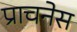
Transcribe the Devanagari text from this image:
प्राचनेस